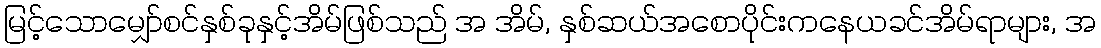
မြင့်သောမျှော်စင်နှစ်ခုနှင့်အိမ်ဖြစ်သည် အ အိမ်, နှစ်ဆယ်အစောပိုင်းကနေယခင်အိမ်ရာများ, အ